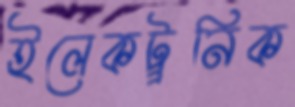
ইলেকট্র্রনিক